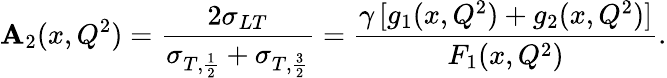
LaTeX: \mathbf{A}_{2}(x,Q^{2})=\frac{{2\sigma_{LT}}}{{\sigma_{T,\frac{{1}}{{2}}}+\sigma_{T,\frac{{3}}{{2}}}}}=\frac{{\gamma\, [g_{1}(x,Q^{2})+g_{2}(x,Q^{2})]}}{{F_{1}(x,Q^{2})}}.